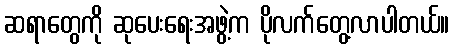
ဆရာတွေကို ဆုပေးရေးအဖွဲ့က ပိုလက်တွေ့လာပါတယ်။